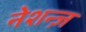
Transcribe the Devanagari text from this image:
नेशन्ज़